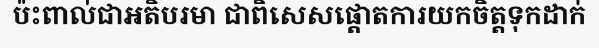
ប៉ះពាល់ជាអតិបរមា ជាពិសេសផ្តោតការយកចិត្តទុកដាក់